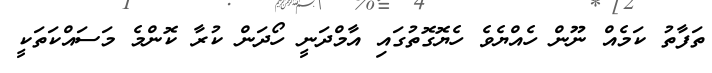
ތަފާތު ކަމެއް ނޫން ހެއްޔެވެ ހެޔޮގޮތުގައި އާމްދަނީ ހޯދަން ކުރާ ކޮންމެ މަސައްކަތަކީ